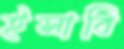
ইসাবি